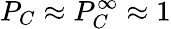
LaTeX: P_{C}\approx P_{C}^{\infty}\approx 1